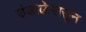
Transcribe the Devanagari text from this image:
उंडाऴेपासून